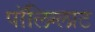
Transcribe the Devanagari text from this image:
पॉलिग्लाट